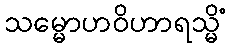
သမ္မောဟဝိဟာရသ္မိံ